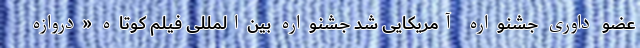
عضو داوری جشنواره آمریکایی شد جشنواره بین‌المللی فیلم کوتاه «دروازه